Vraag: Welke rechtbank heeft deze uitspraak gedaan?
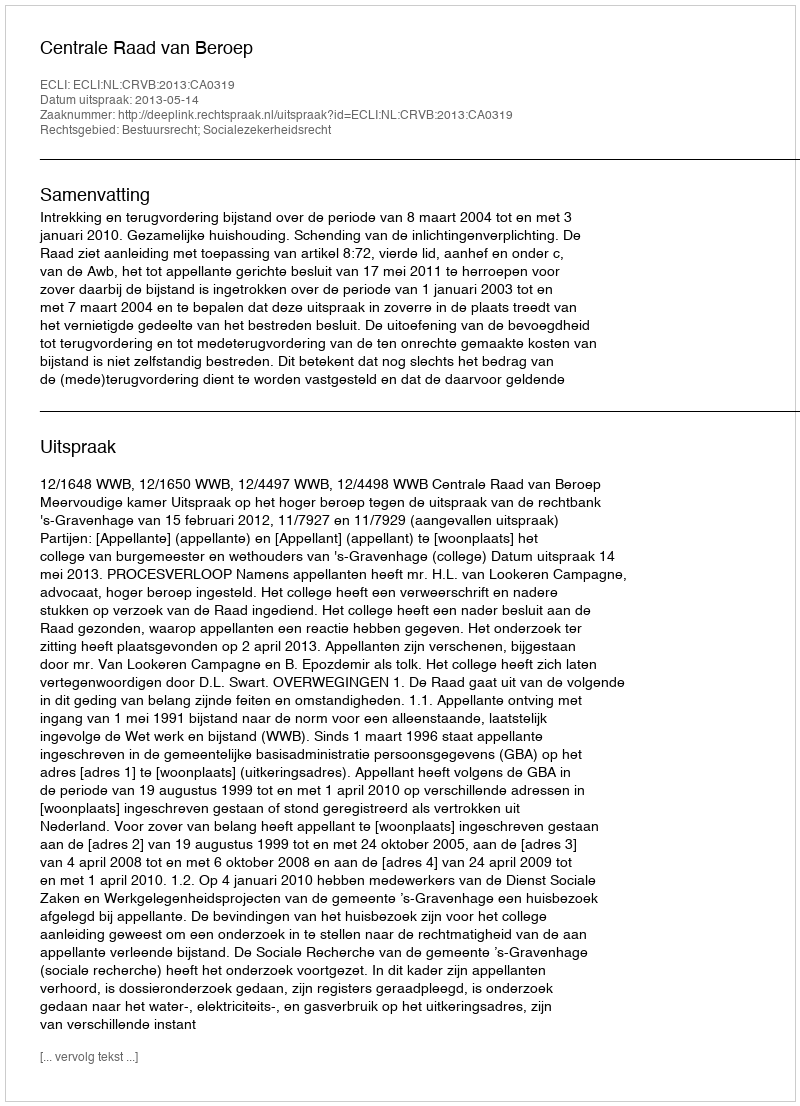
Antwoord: Centrale Raad van Beroep